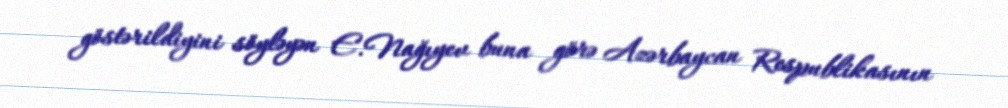
göstərildiyini söyləyən E.Nağıyev buna görə Azərbaycan Respublikasının